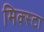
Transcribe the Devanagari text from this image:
मिक्स्टा